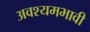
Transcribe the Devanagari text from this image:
अवश्यमभावी